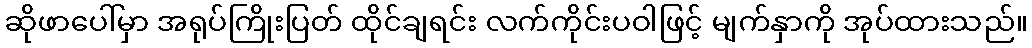
ဆိုဖာပေါ်မှာ အရုပ်ကြိုးပြတ် ထိုင်ချရင်း လက်ကိုင်းပဝါဖြင့် မျက်နှာကို အုပ်ထားသည်။